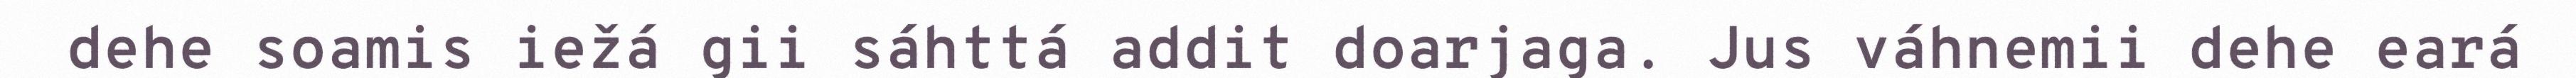
dehe soamis iežá gii sáhttá addit doarjaga. Jus váhnemii dehe eará